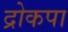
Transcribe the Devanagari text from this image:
द्रोकपा